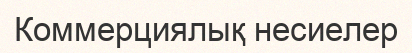
Коммерциялық несиелер